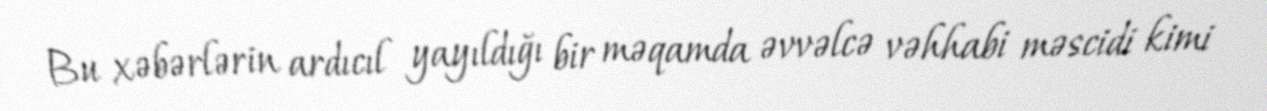
Bu xəbərlərin ardıcıl yayıldığı bir məqamda əvvəlcə vəhhabi məscidi kimi